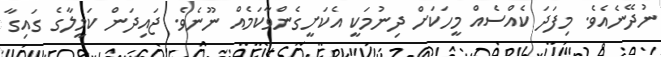
ނުދޭނެއެވެ. މިފަދަ ކެއްސެއް މީހަކަށް ދިނުމަކީ އެކަށީގެންވާކަމެއް ނޫނެވެ. ޖައިދަން ކަމީލާގެ ގައިގާ